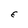
Character: E